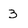
Character: 3